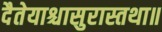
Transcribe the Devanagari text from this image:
दैतेयाश्चासुरास्तथा॥